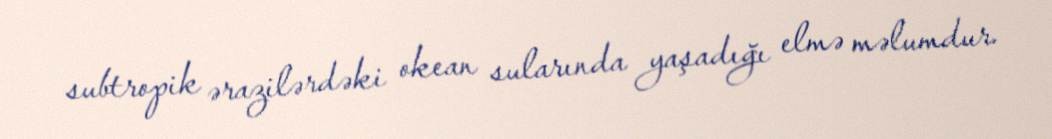
subtropik ərazilərdəki okean sularında yaşadığı elmə məlumdur.